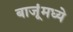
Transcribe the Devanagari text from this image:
बाजूंमध्ये